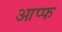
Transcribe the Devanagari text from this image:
आप्फ